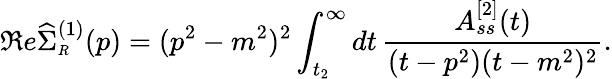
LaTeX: \Re e\widehat{\Sigma}_{\scriptscriptstyle R}^{(1)}(p)=(p^{2}-m^{2})^{2}\int_{t_{2}}^{\infty}dt\, \frac{A_{ss}^{[2]}(t)}{{(t-p^{2})}(t-m^{2})^{2}}.